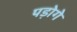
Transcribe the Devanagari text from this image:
पड़ोगे